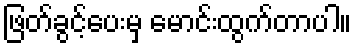
ဖြတ်ခွင့်ပေးမှ မောင်းထွက်တာပါ။